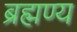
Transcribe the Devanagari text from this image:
ब्रह्मण्य